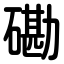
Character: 磡